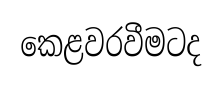
කෙළවරවීමටද